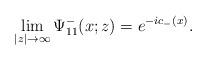
LaTeX: \begin{align*}\lim_{|z|\rightarrow\infty}\Psi^-_{11}(x;z)= e^{-ic_-(x)}. \end{align*}